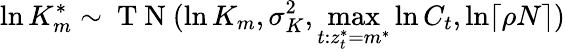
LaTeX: \ln K_{m}^{*}\sim\mathrm{~T~N~}(\ln K_{m},\sigma_{K}^{2},\underset{t:z_{t}^{*}=m^{*}}{\operatorname*{max}}\ln C_{t},\ln\lceil\rho N\rceil)